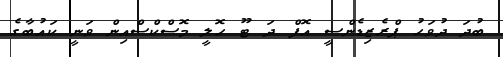
ބުދަ ދުވަހު ޕްރެޒިޑެންސީ އޮފް ދަ ޓޫ ހޮލީ މޮސްކްސްއިން ވަނީ ކައުބާގެ